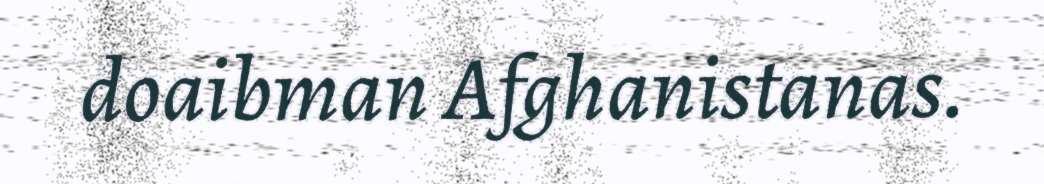
doaibman Afghanistanas.